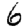
Digit: 6